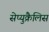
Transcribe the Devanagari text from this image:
सेप्युक्रैलिस